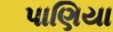
પાણિયા